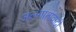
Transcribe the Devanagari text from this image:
अलगातावादी